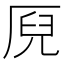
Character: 𠩫